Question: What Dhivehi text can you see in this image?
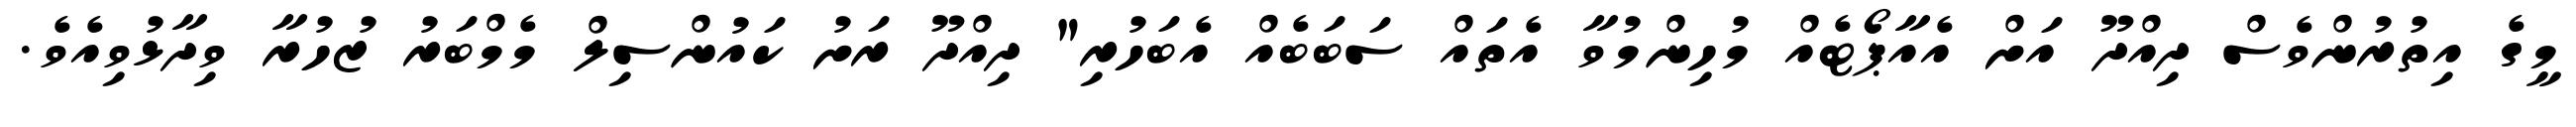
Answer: މީގެ އިތުރުންވެސް ދިއްދޫ އަށް އެއާޕޯޓެއް މުހިންމުވާ އެތައް ސަބަބެއް އެބަހުރި" ދިއްދޫ ރަށު ކައުންސިލް މެމްބަރު ޒުހުރާ ވިދާޅުވިއެވެ.